Sketch of the medical history of the native army of Bombay, for the year
Year: 1872
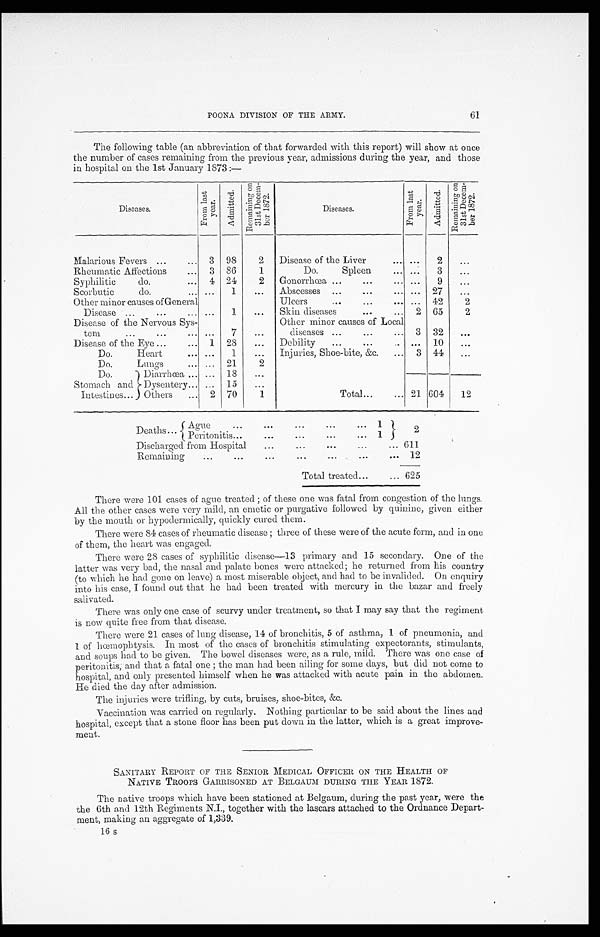
61
POONA DIVISION OF THE ARMY.
The following table (an abbreviation of that forwarded with this report) will show at once
the number of cases remaining from the previous year, admissions during the year, and those
in hospital on the 1st January 1873 :—
Diseases.
F r o m l a s t y e a r .
A d m i t t e d .
Re ma i n i n g o n 3 1 s t De c e m- b e r 1 8 7 2 .
Diseases.
F r o m l a s t y e a r .
A d m i t t e d .
R e ma i n i n g o n 3 1 s t De c e m- b e r 1 8 7 2 .
Malarious Fevers . . .
3
98
2
Disease of the Liver. . .
. . .
2
. . .
Rheumatic Affections . . .
3
86
1
Do. Spleen . . .
. . .
3
. . .
Syphilitic do. . . .
4
24
2
Gonorrhœa . . .
. . .
9
. . .
Scorbutic do. . . .
. . .
1
. . .
Abscesses . . .
. . .
27
. . .
Other minor causes of General
Disease . . .
. . .
1
. . .
Ulcers . . .
. . .
42
2
Skin diseases . . .
2
65
2
Disease of the Nervous Sys-
tem
.
.
.
. . .
7
. . .
Other minor causes of Local
diseases . . .
3
32
. . .
Disease of the Eye . . .
1
28
. . .
Debility . . .
. . .
10
. . .
Do. Heart . . .
. . .
1
. . .
Injuries, Shoe-bite, &c. . . .
3
44
. . .
Do. Lungs . . .
. . .
21
2
Total . . . 21 604
12
Do.
Stomach and
Intestines . . .
Diarrhœa . . .
. . .
18
. . .
Dysentery . . .
. . .
15
. . .
Others . . .
2
70
1
Deaths . . . Ague
.
.
.
1
2
Peritonitis . . .
1
Discharged from Hospital . . .
6 1 1
Remaining
.
.
.
1 2
Total treated . . .
6 2 5
There were 101 cases of ague treated; of these one was fatal from congestion of the lungs.
All the other cases were very mild, an emetic or purgative followed by quinine, given either
by the mouth or hypodermically, quickly cured them.
There were 84 cases of rheumatic disease; three of these were of the acute form, and in one
of them, the heart was engaged.
There were 28 cases of syphilitic disease—13 primary and 15 secondary. One of the
latter was very bad, the nasal and palate bones were attacked; he returned from his country
(to which he had gone on leave) a most miserable object, and had to be invalided. On enquiry
into his case, I found out that he had been treated with mercury in the bazar and freely
salivated.
There was only one case of scurvy under treatment, so that I may say that the regiment
is now quite free from that disease.
There were 21 cases of lung disease, 14 of bronchitis, 5 of asthma, 1 of pneumonia, and
1 of hœmophtysis. In most of the cases of bronchitis stimulating expectorants, stimulants,
and soups had to be given. The bowel diseases were, as a rule, mild. There was one case of
peritonitis, and that a fatal one; the man had been ailing for some days, but did not come to
hospital, and only presented himself when he was attacked with acute pain in the abdomen.
He died the day after admission.
The injuries were trifling, by cuts, bruises, shoe-bites, &c.
Vaccination was carried on regularly. Nothing particular to be said about the lines and
hospital, except that a stone floor has been put down in the latter, which is a great improve
-ment.
SANITARY REPORT OF THE SENIOR MEDICAL OFFICER ON THE HEALTH OF
NATIVE TROOPS GARRISONED AT BELGAUM DURING THE YEAR 1872.
The native troops which have been stationed at Belgaum, during the past year, were the
the 6th and 12th Regiments N.I., together with the lascars attached to the Ordnance Depart
- ment , maki ng an aggr egat e of 1, 339.
16 s